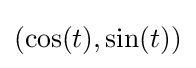
(\cos(t),\sin(t))